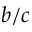
b / c